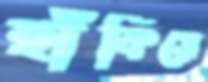
হাঁকিয়ে